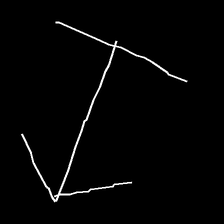
Glyph: levitation